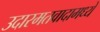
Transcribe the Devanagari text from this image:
उदारमतवादामध्ये